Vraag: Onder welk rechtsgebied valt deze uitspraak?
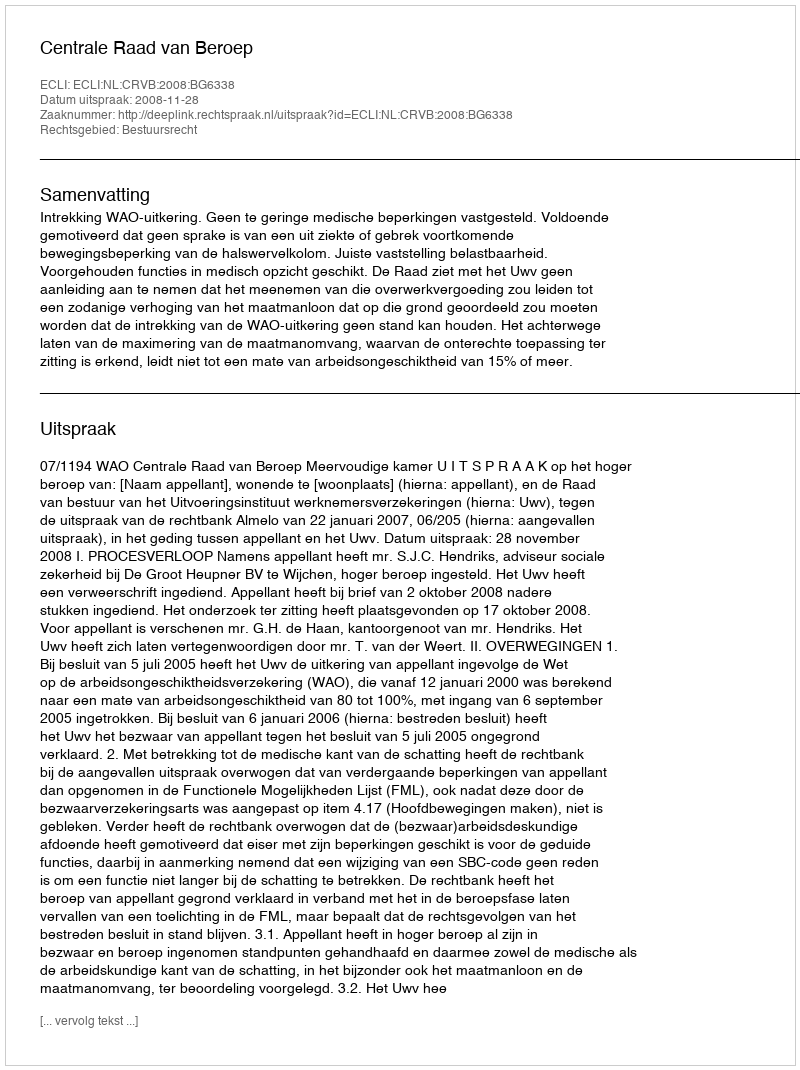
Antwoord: Bestuursrecht